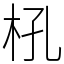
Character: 𣏺